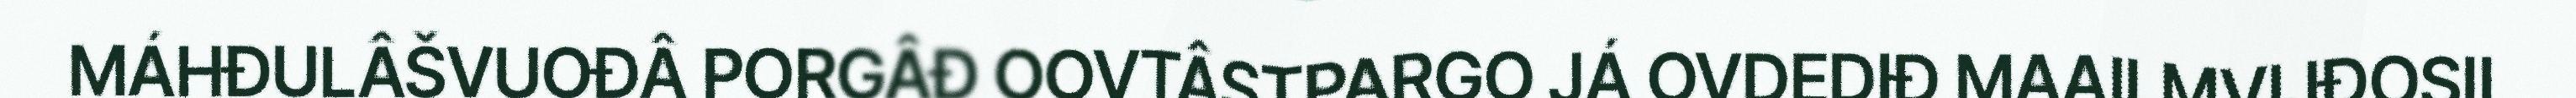
MÁHĐULÂŠVUOĐÂ PORGÂĐ OOVTÂSTPARGO JÁ OVDEDIĐ MAAILMVIJĐOSII